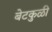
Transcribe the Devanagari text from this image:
बेटकुळी